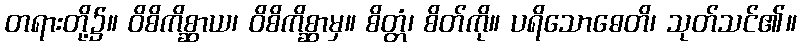
တရားတို့၌။ ဝိစိကိစ္ဆာယ၊ ဝိစိကိစ္ဆာမှ။ စိတ္တံ၊ စိတ်ကို။ ပရိသောဓေတိ၊ သုတ်သင်၏။